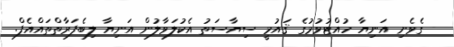
- ގެވެށި އަނިޔާ ހުއްޓުވުމުގެ ޤައުމީ ސިޔާސަތު އެކުލަވާލުން އަނިޔާ ލިބެފަރާތްތައްއެފް.